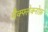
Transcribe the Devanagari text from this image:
मैक्फ्लेक्नोफ़